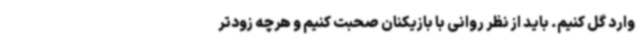
وارد گل کنیم. باید از نظر روانی با بازیکنان صحبت کنیم و هرچه زودتر